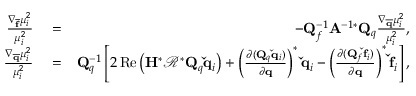
\begin{array} { r l r } { \frac { \nabla _ { \mathbf { \overline { { f } } } } \mu _ { i } ^ { 2 } } { \mu _ { i } ^ { 2 } } } & { { } = } & { - \mathbf { Q } _ { f } ^ { - 1 } \mathbf { A } ^ { - 1 * } \mathbf { Q } _ { q } \frac { \nabla _ { \mathbf { \overline { { q } } } } \mu _ { i } ^ { 2 } } { \mu _ { i } ^ { 2 } } , } \\ { \frac { \nabla _ { \mathbf { \overline { { q } } } } \mu _ { i } ^ { 2 } } { \mu _ { i } ^ { 2 } } } & { { } = } & { \mathbf { Q } _ { q } ^ { - 1 } \left[ 2 \operatorname { R e } \left( \mathbf { H } ^ { * } \mathbf { \mathcal { R } } ^ { * } \mathbf { Q } _ { q } \mathbf { \check { q } } _ { i } \right) + \left( \frac { \partial ( \mathbf { Q } _ { q } \mathbf { \check { q } } _ { i } ) } { \partial \mathbf { q } } \right) ^ { * } \mathbf { \check { q } } _ { i } - \left( \frac { \partial ( \mathbf { Q } _ { f } \mathbf { \check { f } } _ { i } ) } { \partial \mathbf { q } } \right) ^ { * } \mathbf { \check { f } } _ { i } \right] , } \end{array}